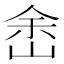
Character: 峹